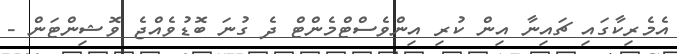
އެމެރިކާގައި ޗައިނާ އިން ކުރި އިންވެސްޓްމެންޓް ދެ ގުނަ ބޮޑުވެއްޖެ ވޮޝިންޓަން -